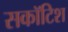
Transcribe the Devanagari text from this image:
सकॉटिश